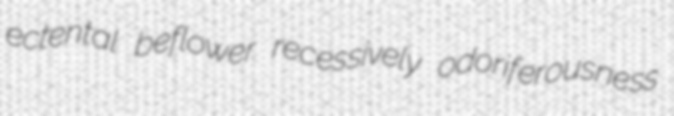
ectental beflower recessively odoriferousness